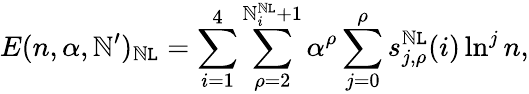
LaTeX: E(n,\alpha,\mathbb{N}^{\prime})_{\mathbb{N}\mathtt{L}}=\sum_{i=1}^{4}\sum_{\rho=2}^{\mathbb{N}_{i}^{\mathbb{N}\mathtt{L}}+1}\alpha^{\rho}\sum_{j=0}^{\rho}s_{j,\rho}^{\mathbb{N}\mathtt{L}}(i)\ln^{j}n,